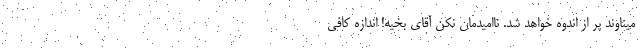
میناوند پر از اندوه خواهد شد. ناامیدمان نکن آقای بخیه! اندازه کافی